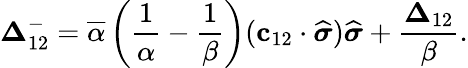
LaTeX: \boldsymbol{\Delta}_{12}^{-}=\overline{{\alpha}}\left(\frac{1}{\alpha}-\frac{1}{\beta}\right)(\mathbf{c}_{12}\cdot\widehat{\boldsymbol{\sigma}})\widehat{\boldsymbol{\sigma}}+\frac{\boldsymbol{\Delta}_{12}}{\beta}.